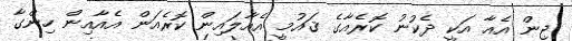
ޖިން އެއާ އަކީ ދެކުނު ކޮރެއާގެ ޤައުމީ އެއާލައިން ކޮރެއަން އެއާއިން ހިންގާ